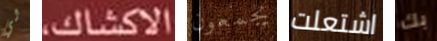
لي الاكشاك يجمعون اشتعلت بك